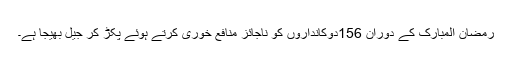
رمضان المبارک کے دوران 156دوکانداروں کو ناجائز منافع خوری کرتے ہوئے پکڑ کر جیل بھیجا ہے۔